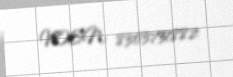
VOEN: 8303751882